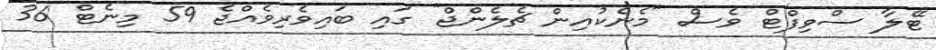
ޓޭލާ ސްވިފްޓް ވެސް "މެނެކުއިން ޗެލެންޖް" ގައި ބައިވެރިވެއްޖެ 59 މިނެޓް 36